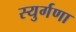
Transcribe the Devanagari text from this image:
स्युर्गणा